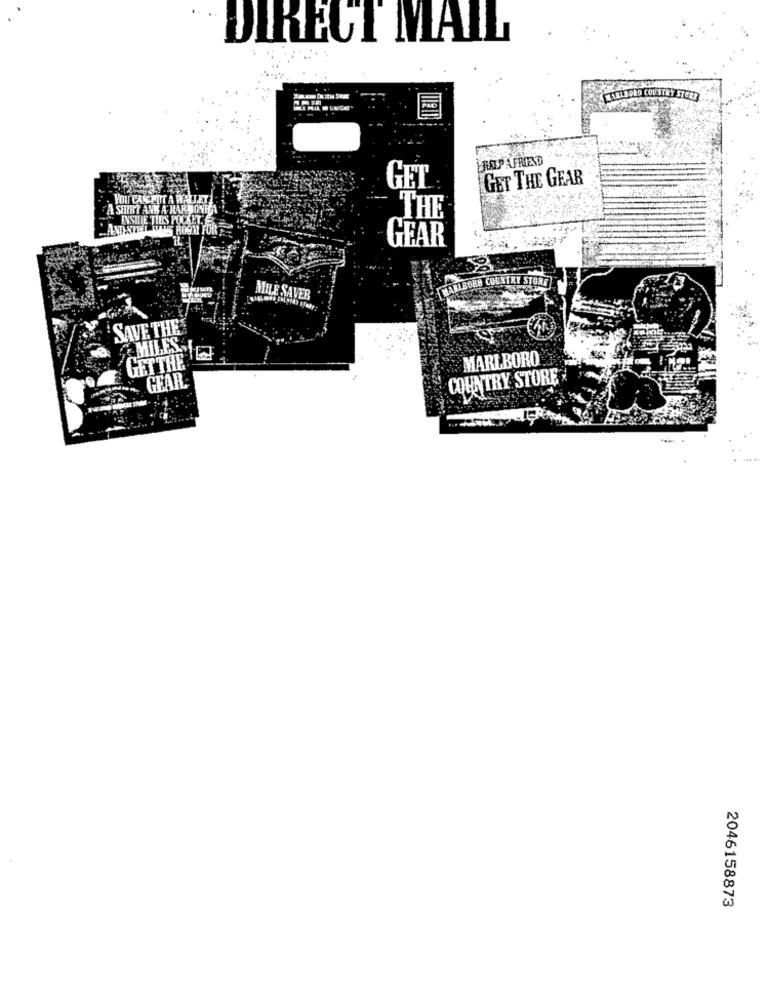
DIRECT MAIL
HARIBOLO COUNTRY START
. .
HISZPAFRIND
GET THE GEAR
GET
YOU CANCEOT A WALLET
A SHIRT AND A KARIIONICA
THE
ENSIDE TIES POCKET
15 ROOM FOR
GEAR
MARLBORO COUNTRY STORE
MILE SAVER
SAVE THE
MILES
MARLBORO
GETTHE
GEAR
COUNTRY STORE
IER
2046158873